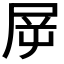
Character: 𡱞